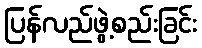
ပြန်လည်ဖွဲ့စည်းခြင်း